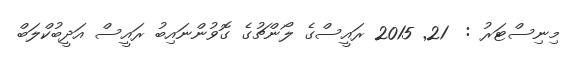
މިނިސްޓަރު :  21